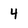
Character: 4